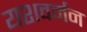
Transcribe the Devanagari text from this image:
यशवर्मन